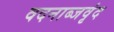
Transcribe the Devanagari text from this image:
वदनाब्जवृंद